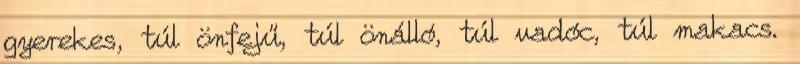
gyerekes, túl önfejű, túl önálló, túl vadóc, túl makacs.